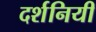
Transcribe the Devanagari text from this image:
दर्शनियी